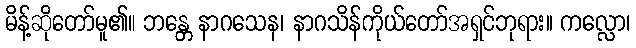
မိန့်ဆိုတော်မူ၏။ ဘန္တေ နာဂသေန၊ နာဂသိန်ကိုယ်တော်အရှင်ဘုရား။ ကလ္လော၊